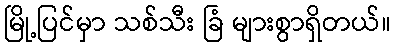
မြို့ပြင်မှာ သစ်သီး ခြံ များစွာရှိတယ်။